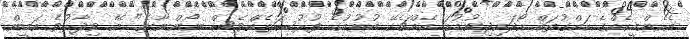
އެހެންމީހެއްގެ ހައްގުތައް ހޯދަައިދިނުމުގަ އެއްޗެކޭ ބުނުމުގެ ފުރުސަތެއްވެސް ނޯންނާނެ" އޭ ވިދާޅުވެ އަމީން